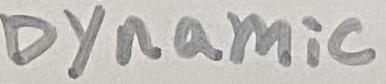
Text: Dynamic